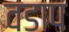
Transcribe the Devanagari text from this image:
वडाप